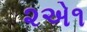
૨એ૧